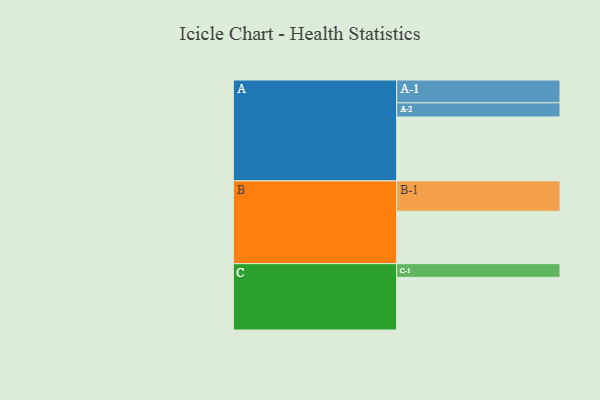
{"axis": {"x": "Segment", "y": "Value"}, "legend": ["", "A", "B", "C"], "data": [{"x": "A", "y": 583, "type": ""}, {"x": "B", "y": 478, "type": ""}, {"x": "C", "y": 480, "type": ""}, {"x": "A-1", "y": 208, "type": "A"}, {"x": "A-2", "y": 129, "type": "A"}, {"x": "B-1", "y": 277, "type": "B"}, {"x": "C-1", "y": 125, "type": "C"}]}